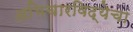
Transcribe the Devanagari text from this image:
अभिचारविद्येचा